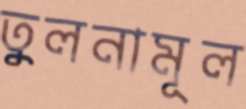
তুলনামূল